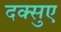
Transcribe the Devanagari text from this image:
दक्सुए